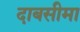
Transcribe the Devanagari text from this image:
दाबसीमा